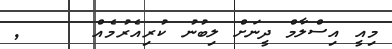
މިއީ އިސްލާމް ދީނަށް ލިބުނު ކުރިއެރުމެއް